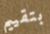
بتقييم